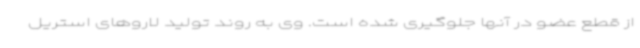
از قطع عضو در آنها جلوگیری شده است. وی به روند تولید لاروهای استریل